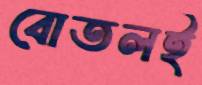
বোতলই